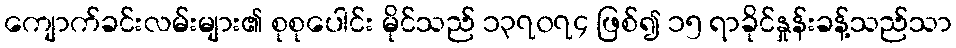
ကျောက်ခင်းလမ်းများ၏ စုစုပေါင်း မိုင်သည် ၁၃၇၀၇၄ ဖြစ်၍ ၁၅ ရာခိုင်နှုန်းခန့်သည်သာ